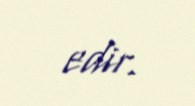
edir.